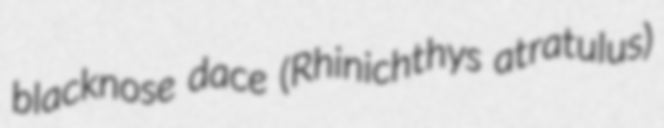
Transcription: blacknose dace (Rhinichthys atratulus)